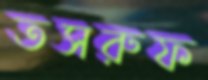
তসরুফ